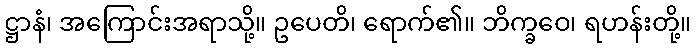
ဋ္ဌာနံ၊ အကြောင်းအရာသို့။ ဥပေတိ၊ ရောက်၏။ ဘိက္ခဝေ၊ ရဟန်းတို့။